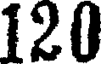
120